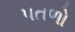
પતળો